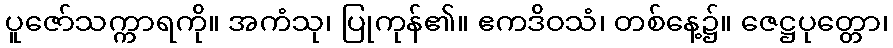
ပူဇော်သက္ကာရကို။ အကံသု၊ ပြုကုန်၏။ ဧကဒိဝသံ၊ တစ်နေ့၌။ ဇေဋ္ဌပုတ္တော၊